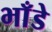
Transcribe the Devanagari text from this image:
भाँडे